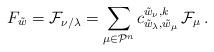
LaTeX: \begin{align*}F_{\tilde w} = \mathcal F_{\nu/\lambda}= \sum_{\mu \in\mathcal P^n} c_{\tilde w_\lambda,\tilde w_\mu}^{\tilde w_\nu,k}\,\mathcal F_\mu\,.\end{align*}